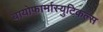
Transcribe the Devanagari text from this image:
बायोफ़ार्मास्युटिकल्स